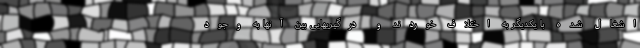
اشغال شده با یکدیگر به اختلاف خوردند و درگیریهایی بین آنها به وجود